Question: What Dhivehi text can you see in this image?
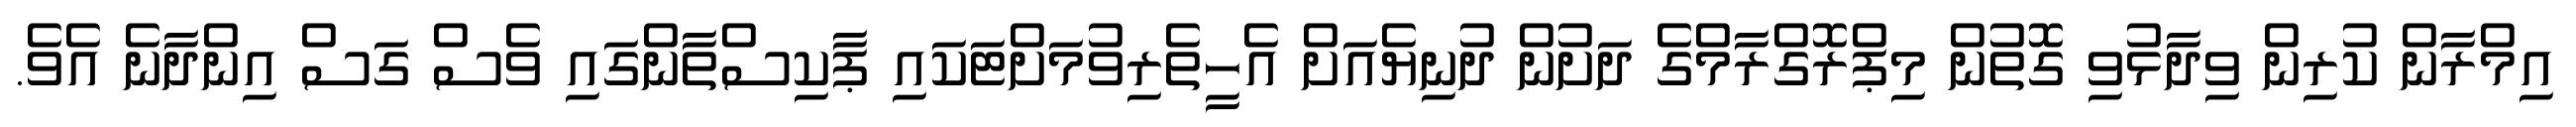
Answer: އިމްރާން ކުރިން ވިދާޅުވި ގޮތުން މިޕްރޮގްރާމްގެ ދަށުން ދުނިޔެއަށް އެހީތެރިވުމަށްޓަކައި ޕާކިސްތާންގައި ވެސް ގަސް އިންދާނެ އެވެ.